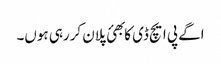
اگے پی ایچ ڈی کا بھئ پلان کررہی ہوں۔